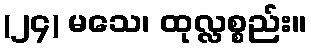
(၂၄) မသေ၊ ထုလ္လစ္စည်း။